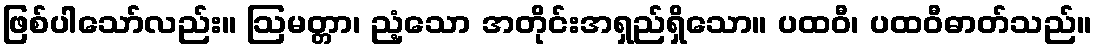
ဖြစ်ပါသော်လည်း။ ဩမတ္တာ၊ ညံ့သော အတိုင်းအရှည်ရှိသော။ ပထဝီ၊ ပထဝီဓာတ်သည်။